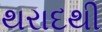
થરાદથી